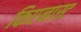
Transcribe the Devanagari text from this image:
किएनास्ट